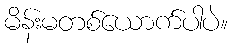
မိန်းမတစ်ယောက်ပါပဲ။